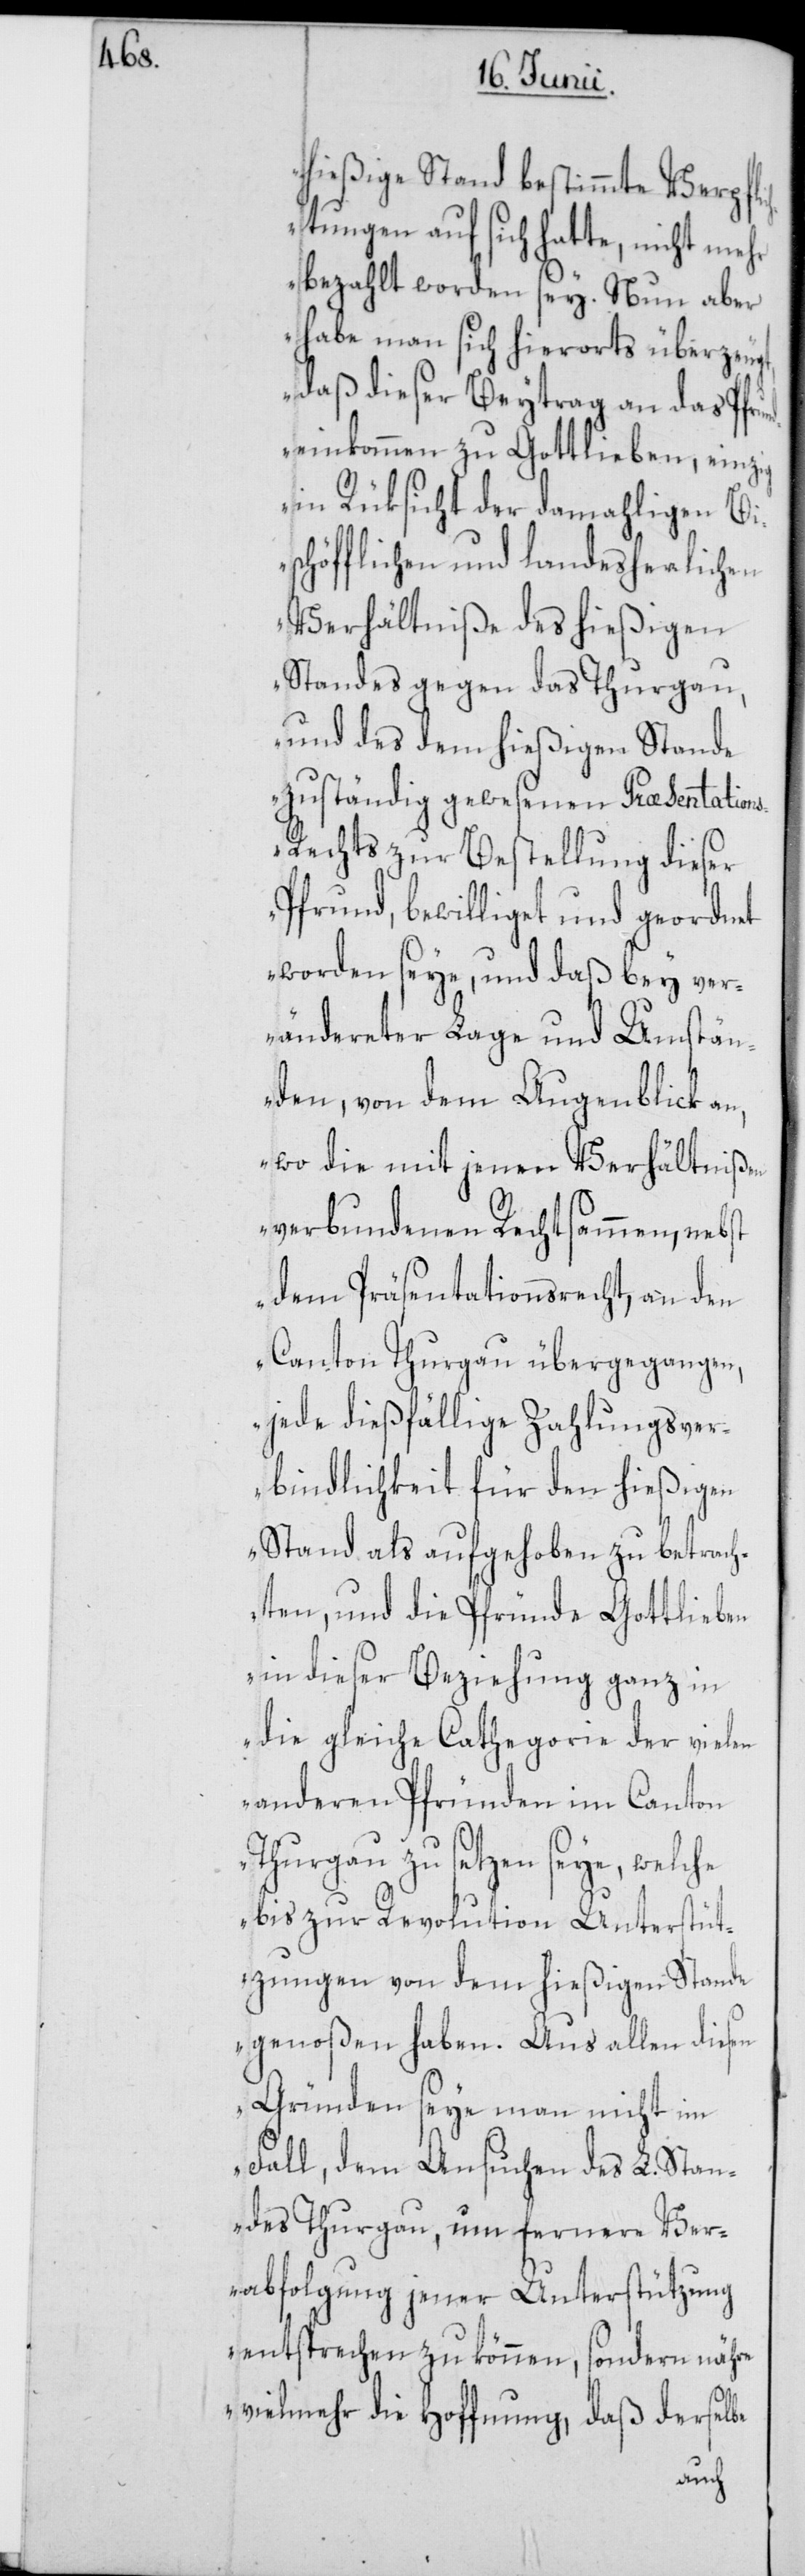
hießige Stand bestimmte Verpfli¬
chtungen auf sich hatte, nicht mehr
bezahlt worden sey. Nun aber
habe man sich hierorts überzeugt,
daß dieser Beytrag an das Pfrun¬
deinkommen zu Gottlieben, einzig
in Rüksicht der damahligen Bi¬
schöfflichen und landesherrlichen
Verhältniße des hießigen
Standes gegen das Thurgau,
und des dem hießigen Stande
zuständig gewesenen Præsentation¬
s-Rechts zur Bestellung dieser
Pfrund, bewilliget und geordnet
worden seye, und daß bey ver¬
ändereter Lage und Umstän¬
den, von dem Augenblik an,
wo die mit jenen Verhältnißen
verbundenen Rechtsammen, nebst
dem Präsentationsrecht, an den
Canton Thurgau übergegangen,
jede dießfällige Zahlungsver¬
bindlichkeit für den hießigen
Stand als aufgehoben zu betrach¬
ten, und die Pfründe Gottlieben
in dieser Beziehung ganz in
die gleiche Cathegorie der vielen
anderen Pfründen im Canton
Thurgau zu setzen seye, welche
bis zur Revolution Unterstüt¬
zungen von dem hießigen Stande
genoßen haben. Aus allen diesen
Gründen seye man nicht im
Fall, dem Ansuchen des L. Stan¬
des Thurgau, um fernere Ver¬
abfolgung jener Unterstützung
entsprechen zu können, sondern nähre
vielmehr die Hoffnung, daß derselbe